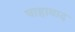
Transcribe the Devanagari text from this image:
षाहाबाद